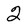
Character: 2